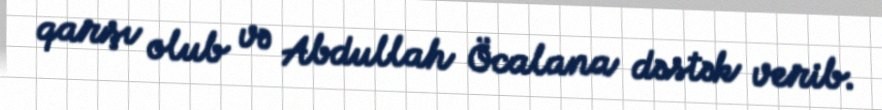
qarşı olub və Abdullah Öcalana dəstək verib.